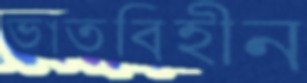
ভাতবিহীন